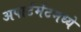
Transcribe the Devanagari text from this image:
अपार्टमेंटमध्ये